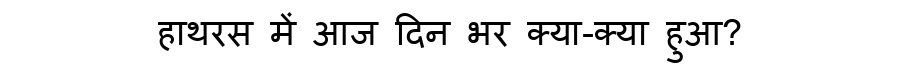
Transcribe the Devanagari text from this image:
हाथरस में आज दिन भर क्या-क्या हुआ?